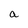
Character: a